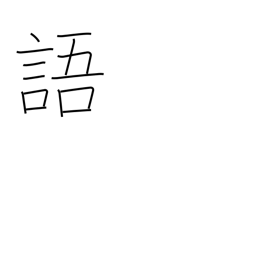
Meaning: speech